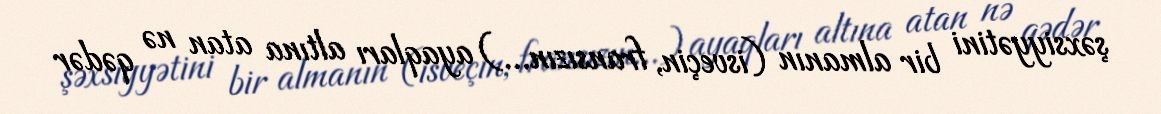
şəxsiyyətini bir almanın (isveçin, fransızın...) ayaqları altına atan nə qədər